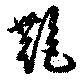
艶